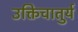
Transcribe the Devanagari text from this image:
उक्तिचातुर्य